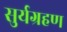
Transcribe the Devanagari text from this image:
सुर्यग्रहण